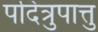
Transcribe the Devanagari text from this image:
पदित्रुपात्तु